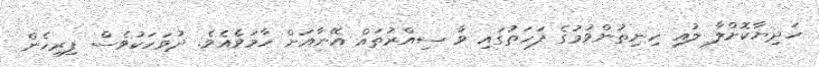
ހަދިޔާކޮށްލާ ލުއި ހިނިތުންވުމުގެ ފަހަތުގައި ވާ ސިއްރުތައް އޭނާއަށް ހާމަވެއެވެ. ދުވަހަކުވެސް ފިރިހެން